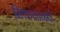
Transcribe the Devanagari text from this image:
मिक्तलानचे